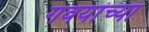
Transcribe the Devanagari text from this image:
गवयांच्या